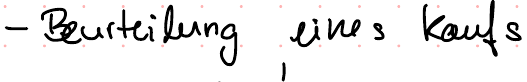
- Beurteilung eines Kaufs